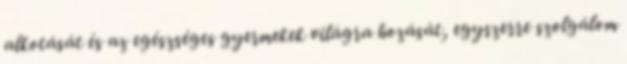
alkotását és az egészséges gyermekek világra hozását, egyszerre szolgálom